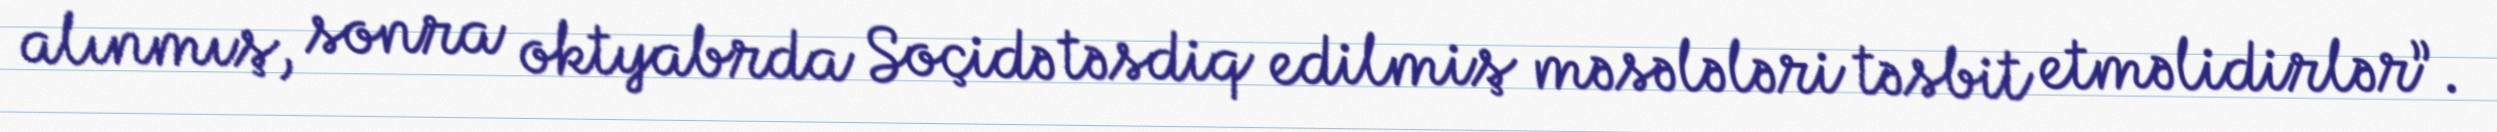
alınmış, sonra oktyabrda Soçidə təsdiq edilmiş məsələləri təsbit etməlidirlər”.